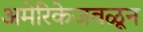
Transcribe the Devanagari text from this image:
अमेरिकेजवळून